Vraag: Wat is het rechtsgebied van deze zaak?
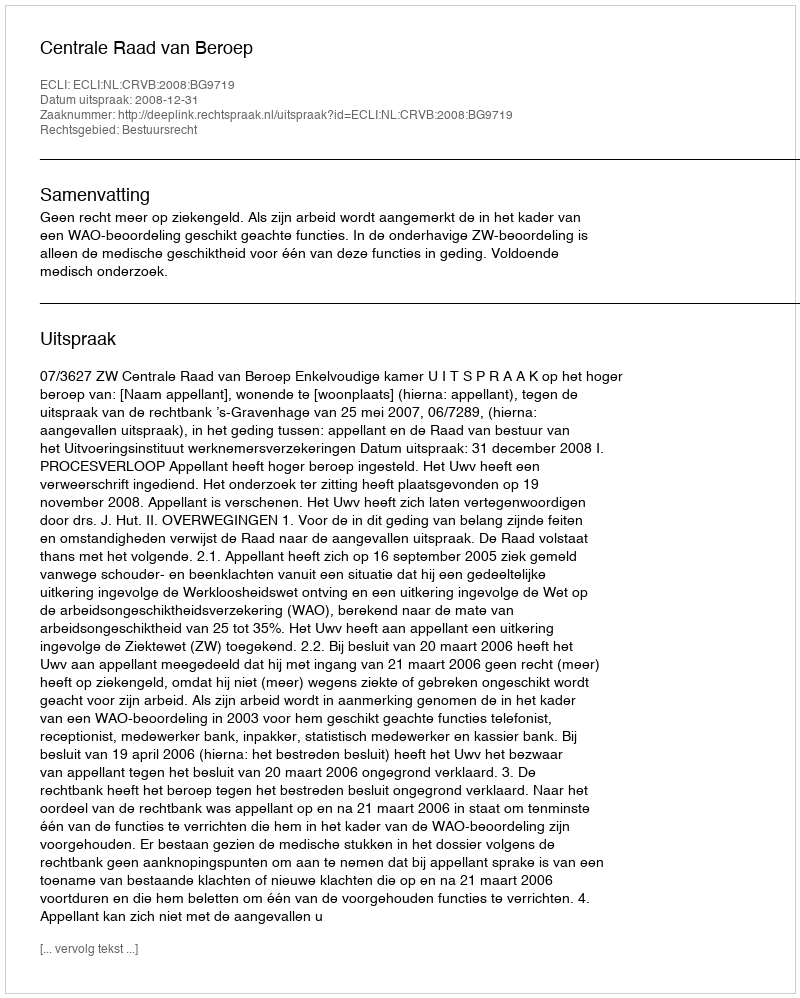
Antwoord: Bestuursrecht